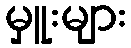
မှူးများ